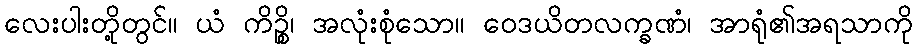
လေးပါးတို့တွင်။ ယံ ကိဉ္စိ၊ အလုံးစုံသော။ ဝေဒယိတလက္ခဏံ၊ အာရုံ၏အရသာကို